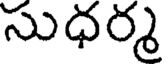
సుధర్మ